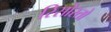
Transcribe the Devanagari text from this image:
रिसोरतो